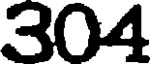
304